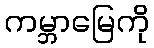
ကမ္ဘာမြေကို